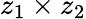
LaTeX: z_{1}\times z_{2}